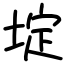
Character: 埞